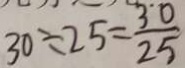
3 0 \div 2 5 = \frac { 3 0 } { 2 5 }